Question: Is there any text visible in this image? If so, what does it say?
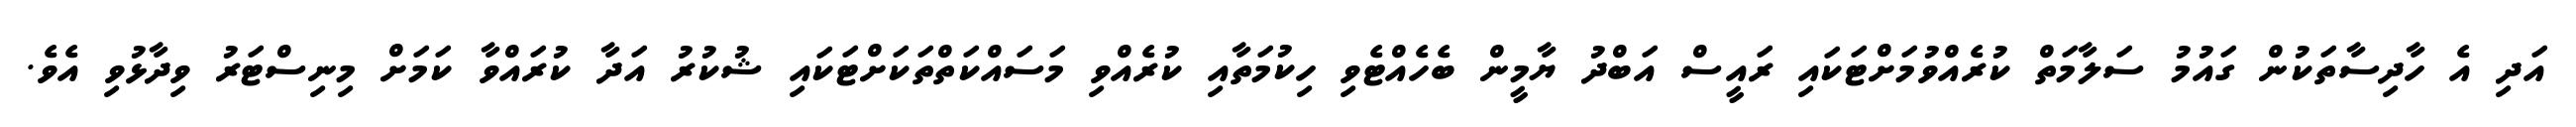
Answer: އަދި އެ ހާދިސާތަކުން ގައުމު ސަލާމަތް ކުރެއްވުމަށްޓަކައި ރައީސް އަބްދު ޔާމީން ބެހެއްޓެވި ހިކުމަތާއި ކުރެއްވި މަސައްކަތްތަކަށްޓަކައި ޝުކުރު އަދާ ކުރައްވާ ކަމަށް މިނިސްޓަރު ވިދާޅުވި އެވެ.